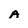
Character: A